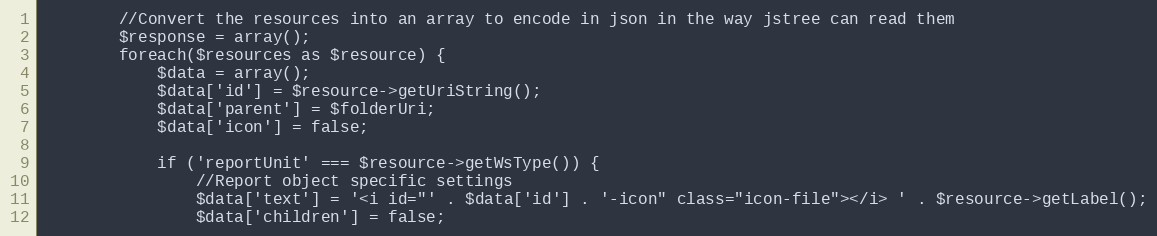
Language: PHP
        //Convert the resources into an array to encode in json in the way jstree can read them
        $response = array();
        foreach($resources as $resource) {
            $data = array();
            $data['id'] = $resource->getUriString();
            $data['parent'] = $folderUri;
            $data['icon'] = false;

            if ('reportUnit' === $resource->getWsType()) {
                //Report object specific settings
                $data['text'] = '<i id="' . $data['id'] . '-icon" class="icon-file"></i> ' . $resource->getLabel();
                $data['children'] = false;